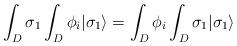
LaTeX: \begin{align*}\int_{D} \sigma_{1} \int_{D} \phi_i | \sigma_{1}\rangle = \int_{D} \phi_i \int_{D} \sigma_{1}| \sigma_{1} \rangle \\\end{align*}